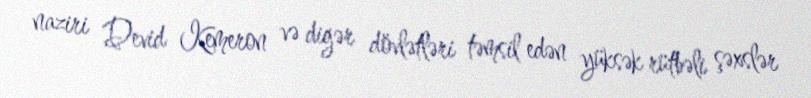
naziri Devid Kemeron və digər dövlətləri təmsil edən yüksək rütbəli şəxslər